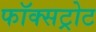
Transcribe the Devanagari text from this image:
फॉक्सट्रोट